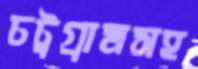
চট্রগ্রামসহ